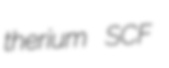
therium SCF